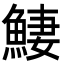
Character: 𩸸